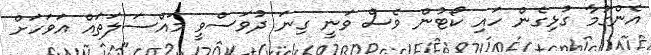
އެންގުމާ ގުޅިގެން ހައި ކޯޓުން ވެސް ވަނީ ގިނަ ދުވަސްވީ މައްސަލަތައް އަވަހަށް